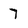
Character: 7